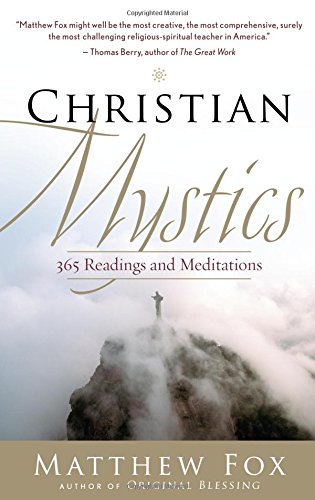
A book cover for Christian Mystics: 365 Readings and Meditations; Matthew Fox; Christian Books & Bibles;